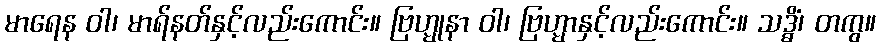
မာရေန ဝါ၊ မာရ်နတ်နှင့်လည်းကောင်း။ ဗြဟ္မုနာ ဝါ၊ ဗြဟ္မာနှင့်လည်းကောင်း။ သဒ္ဓိံ၊ တကွ။